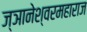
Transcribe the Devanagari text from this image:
ज्ञानेश्वरमहाराज